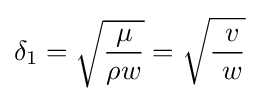
\delta _{1}={\sqrt {\mu  \over \rho w}}={\sqrt {\ v \over \ w}}